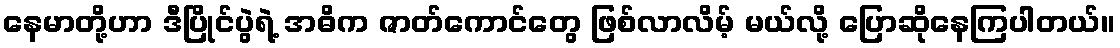
နေမာတို့ဟာ ဒီပြိုင်ပွဲရဲ့ အဓိက ဇာတ်ကောင်တွေ ဖြစ်လာလိမ့် မယ်လို့ ပြောဆိုနေကြပါတယ်။